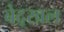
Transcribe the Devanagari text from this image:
बेद्खल